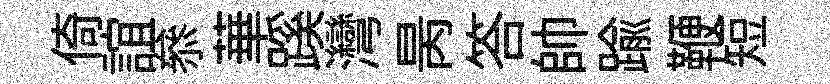
倚誼叅華蹊灣昺答帥踰鞭短